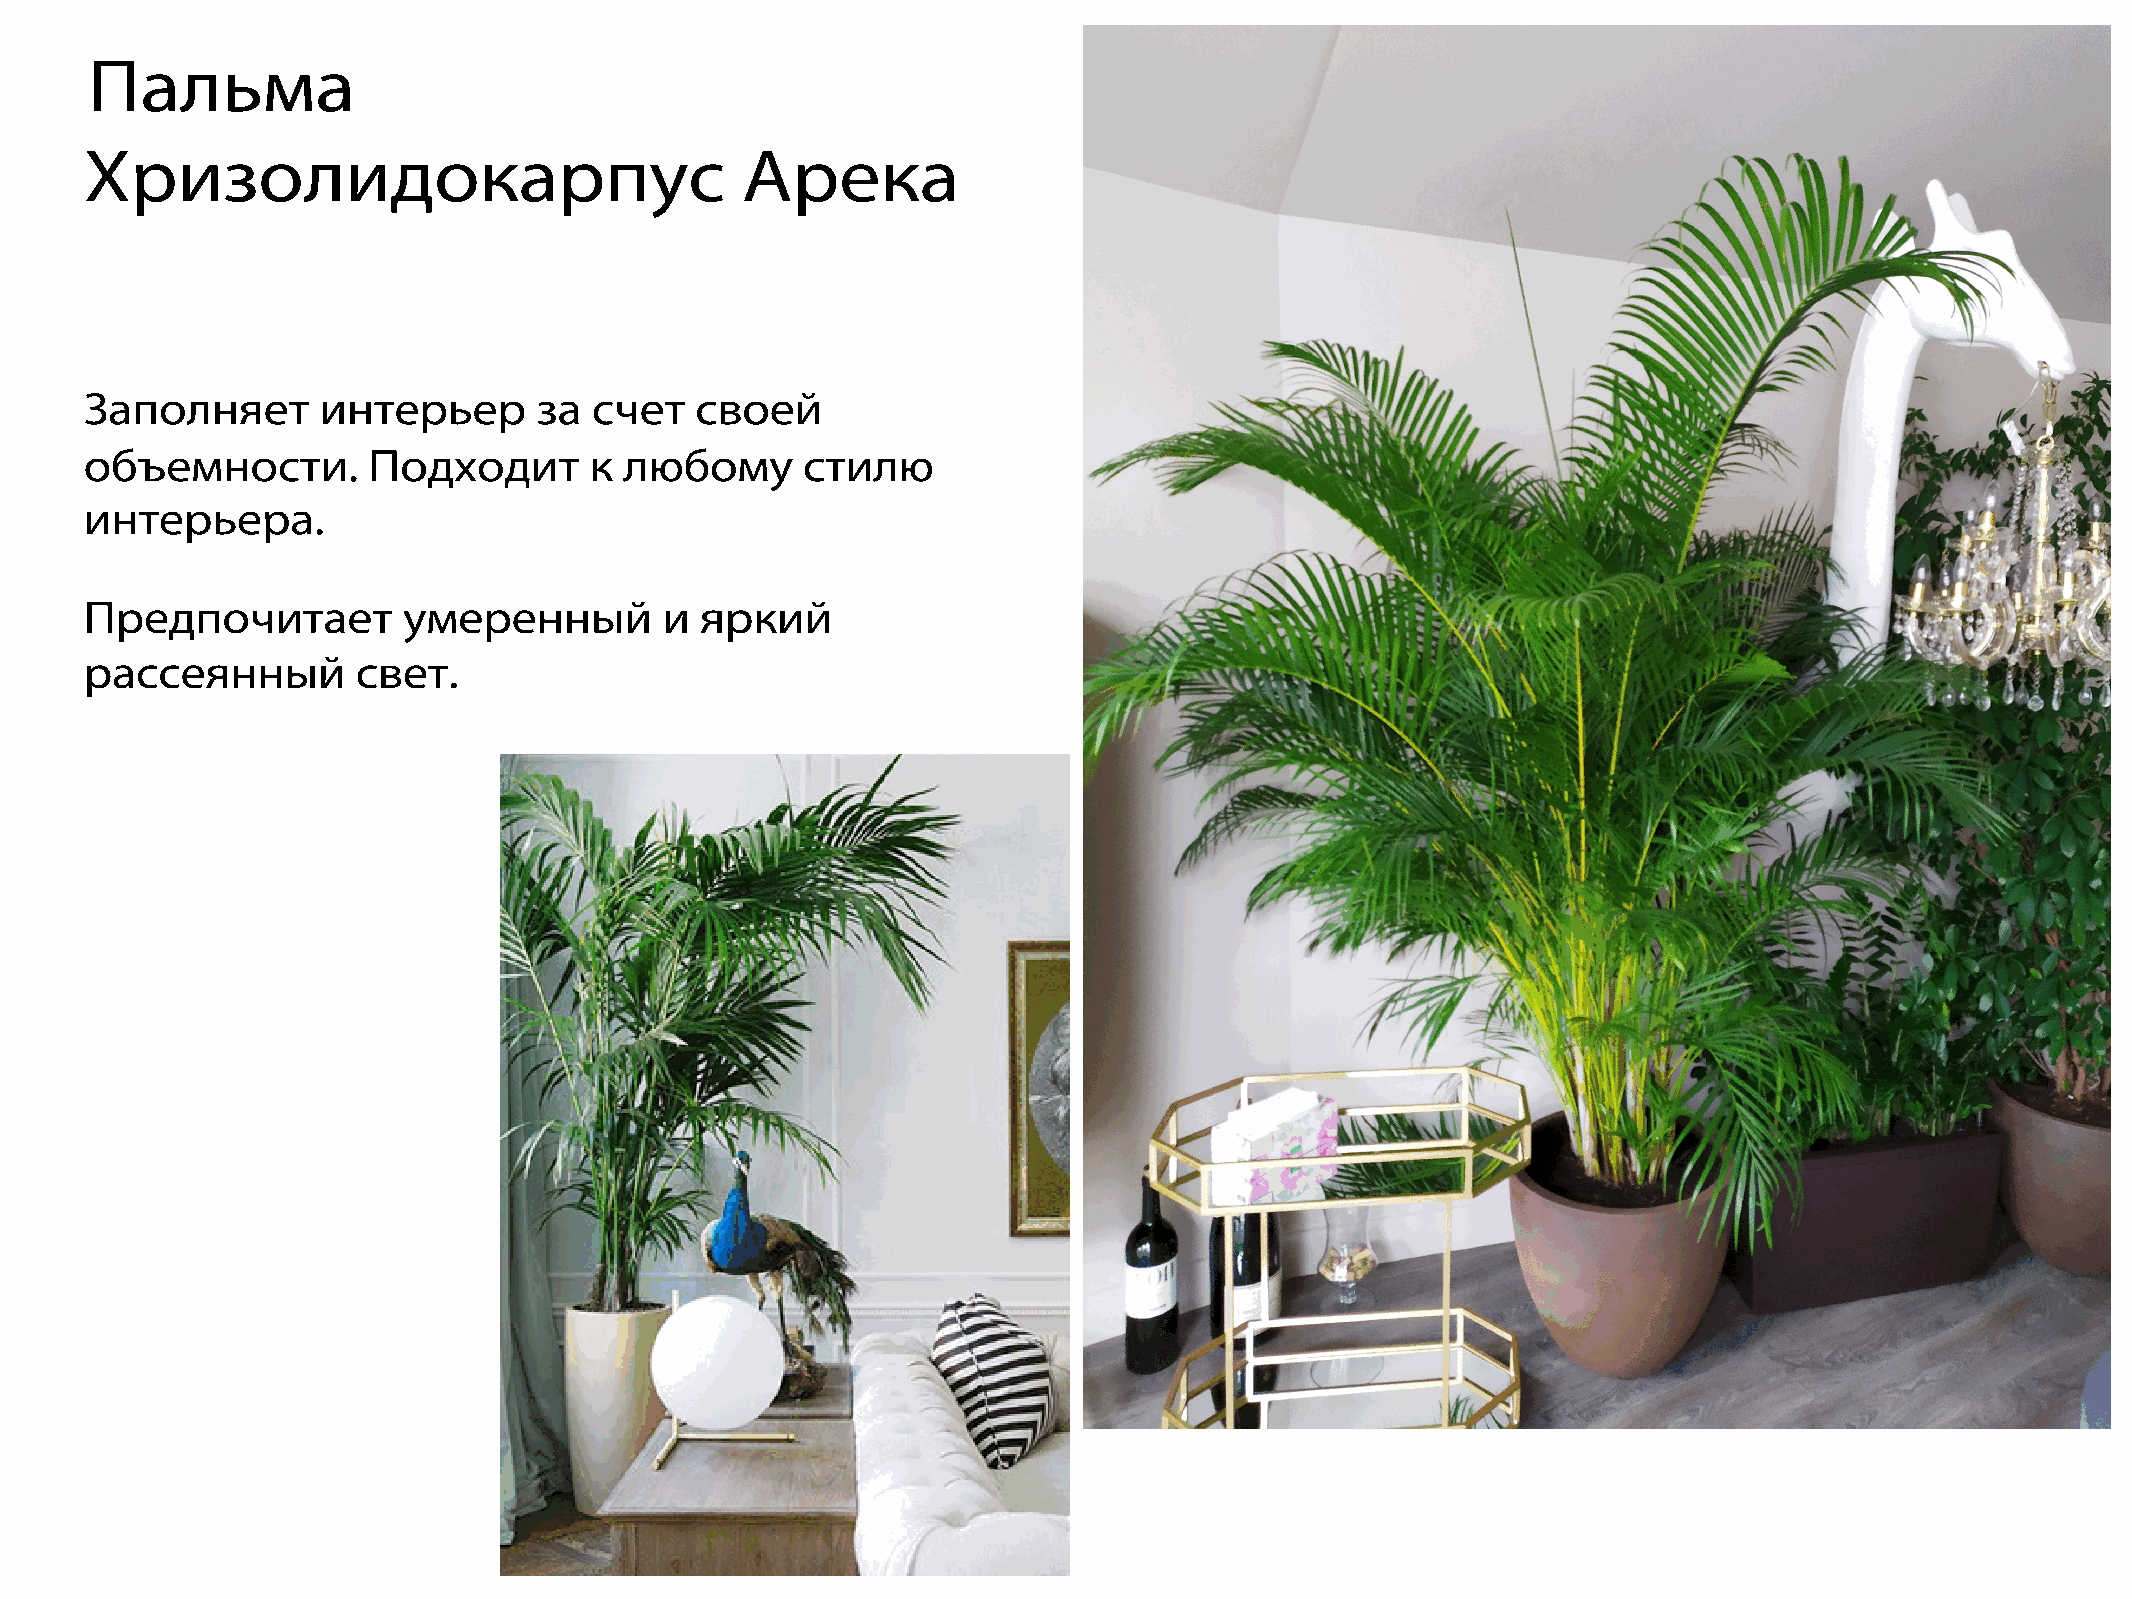
Пальма
 Хризолидокарпус                            Арека
 Заполняет      интерьер      за  счет   своей
 объемности.       Подходит       к любому      стилю
 интерьера.
 Предпочитает         умеренный        и яркий
 рассеянный        свет.